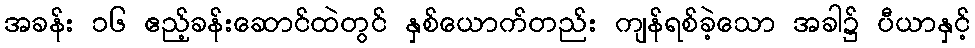
အခန်း ၁၆ ဧည့်ခန်းဆောင်ထဲတွင် နှစ်ယောက်တည်း ကျန်ရစ်ခဲ့သော အခါ၌ ပီယာနှင့်